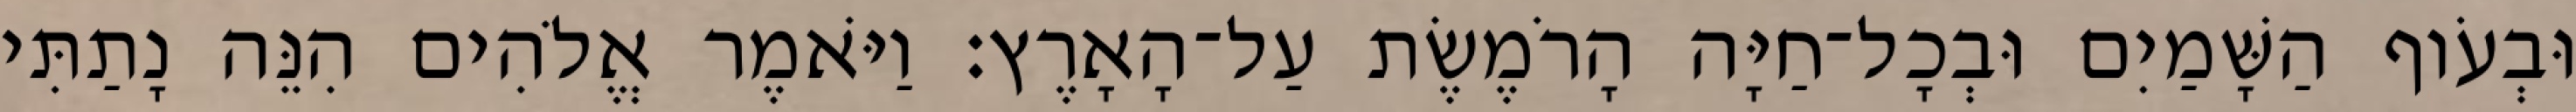
וּבְעֹוף הַשָּׁמַיִם וּבְכָל־חַיָּה הָרֹמֶשֶׂת עַל־הָאָרֶץ׃ וַיֹּאמֶר אֱלֹהִים הִנֵּה נָתַתִּי